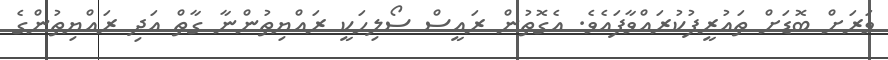
ވަރަށް ބޮޑަށް ތައުރީފުކުރައްވާފައެެވެ. އެގޮތުން ރައީސް ސޯލިހަކީ ރައްޔިތުންނާ ގާތް އަދި ރައްޔިތުންގެ